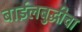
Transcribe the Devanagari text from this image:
बाईलबुद्धीचा